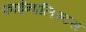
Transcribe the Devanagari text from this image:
फाईनालिस्टस